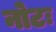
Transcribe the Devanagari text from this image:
नोटः